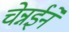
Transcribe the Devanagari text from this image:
चेन्नईने